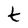
Character: t